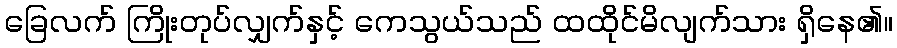
ခြေလက် ကြိုးတုပ်လျှက်နှင့် ကေသွယ်သည် ထထိုင်မိလျက်သား ရှိနေ၏။